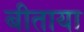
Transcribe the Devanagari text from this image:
बीताया